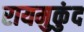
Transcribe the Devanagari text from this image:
रायमुकुंद